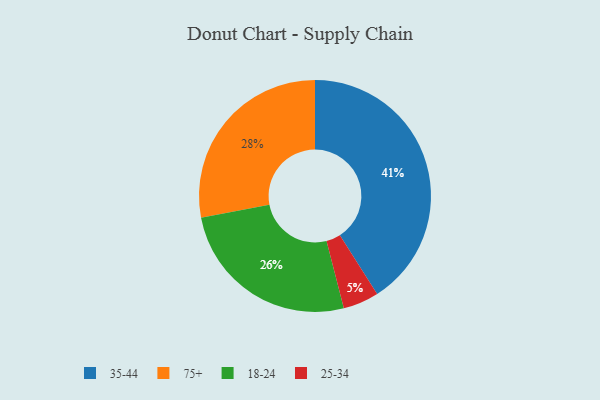
{"axis": {"x": "Category", "y": "Percentage"}, "legend": ["18-24", "25-34", "35-44", "75+"], "data": [{"x": "18-24", "y": 26, "type": "18-24"}, {"x": "25-34", "y": 5, "type": "25-34"}, {"x": "35-44", "y": 41, "type": "35-44"}, {"x": "75+", "y": 28, "type": "75+"}]}